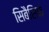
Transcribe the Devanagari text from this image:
सिबैसिक